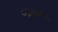
વડલાની